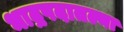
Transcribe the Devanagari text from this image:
भाद्रपदातल्या